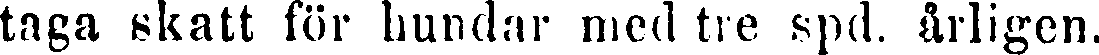
taga skatt för hundar med tre spd. årligen.